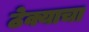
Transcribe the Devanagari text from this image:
ठेक्याचा